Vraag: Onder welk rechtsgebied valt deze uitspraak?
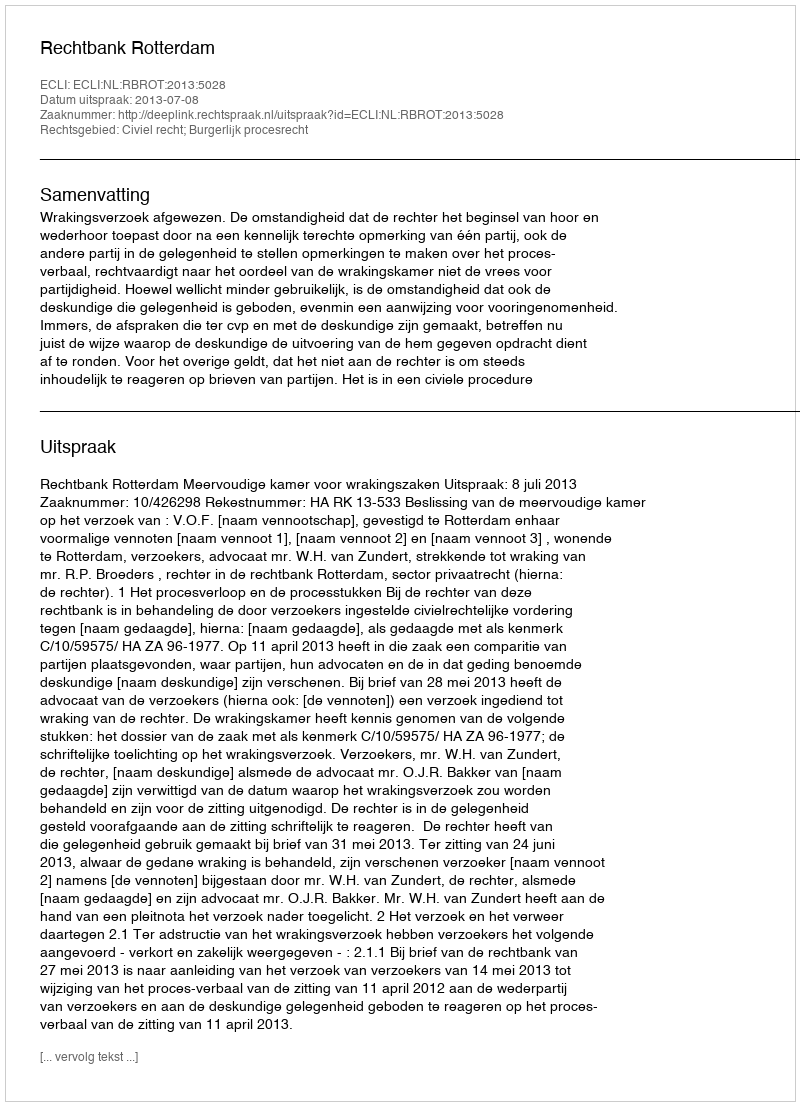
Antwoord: Civiel recht; Burgerlijk procesrecht